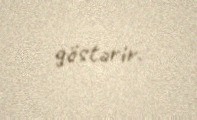
göstərir.